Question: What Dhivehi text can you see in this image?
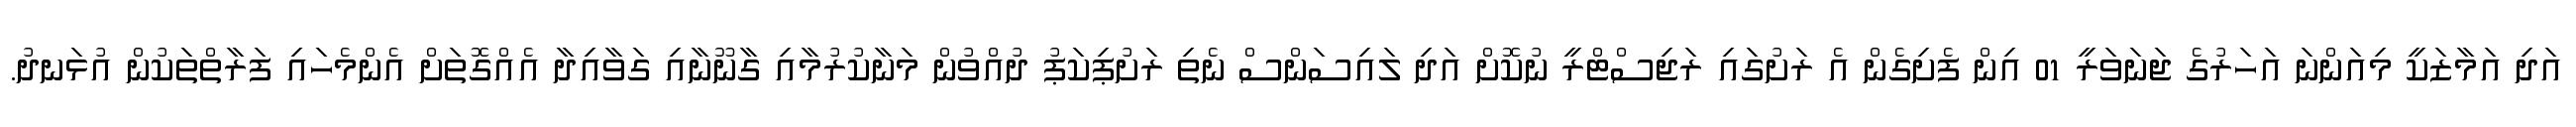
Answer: އަދި އަމާޒަކީ މިއަންނަ އަހަރުގެ ޖަނަވަރީ 01 އިން ފެށިގެން އެ ރަށުގައި ރަޖިސްޓްރީ ނުކޮށް އަދި ލައިސަންސް ނެތި ރަށުޕިކަޕު ދުއްވުން މަނާކުރުމާއި ގާނޫނާއި ގަވާއިދާ އެއްގޮތަށް އެންމެހައި ފަރާތްތަކުން އުޅަނދު.